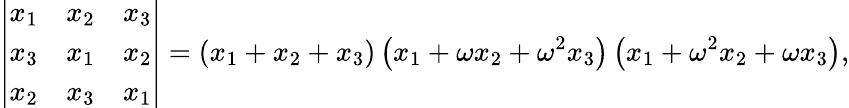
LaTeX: \left|{\begin{array}{ccc}{x_{1}}&{x_{2}}&{x_{3}}\\ {x_{3}}&{x_{1}}&{x_{2}}\\ {x_{2}}&{x_{3}}&{x_{1}}\end{array}}\right|=\left(x_{1}+x_{2}+x_{3}\right)\left(x_{1}+\omega x_{2}+\omega^{2}x_{3}\right)\left(x_{1}+\omega^{2}x_{2}+\omega x_{3}\right),